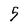
Character: 5